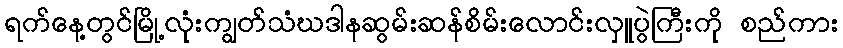
ရက်နေ့တွင်မြို့လုံးကျွတ်သံဃဒါနဆွမ်းဆန်စိမ်းလောင်းလှူပွဲကြီးကို စည်ကား